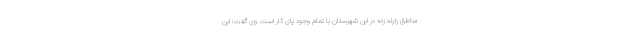
مناطق زلزله زده در این شهرستان با تمام وجود پای کار است. وی گفت: این